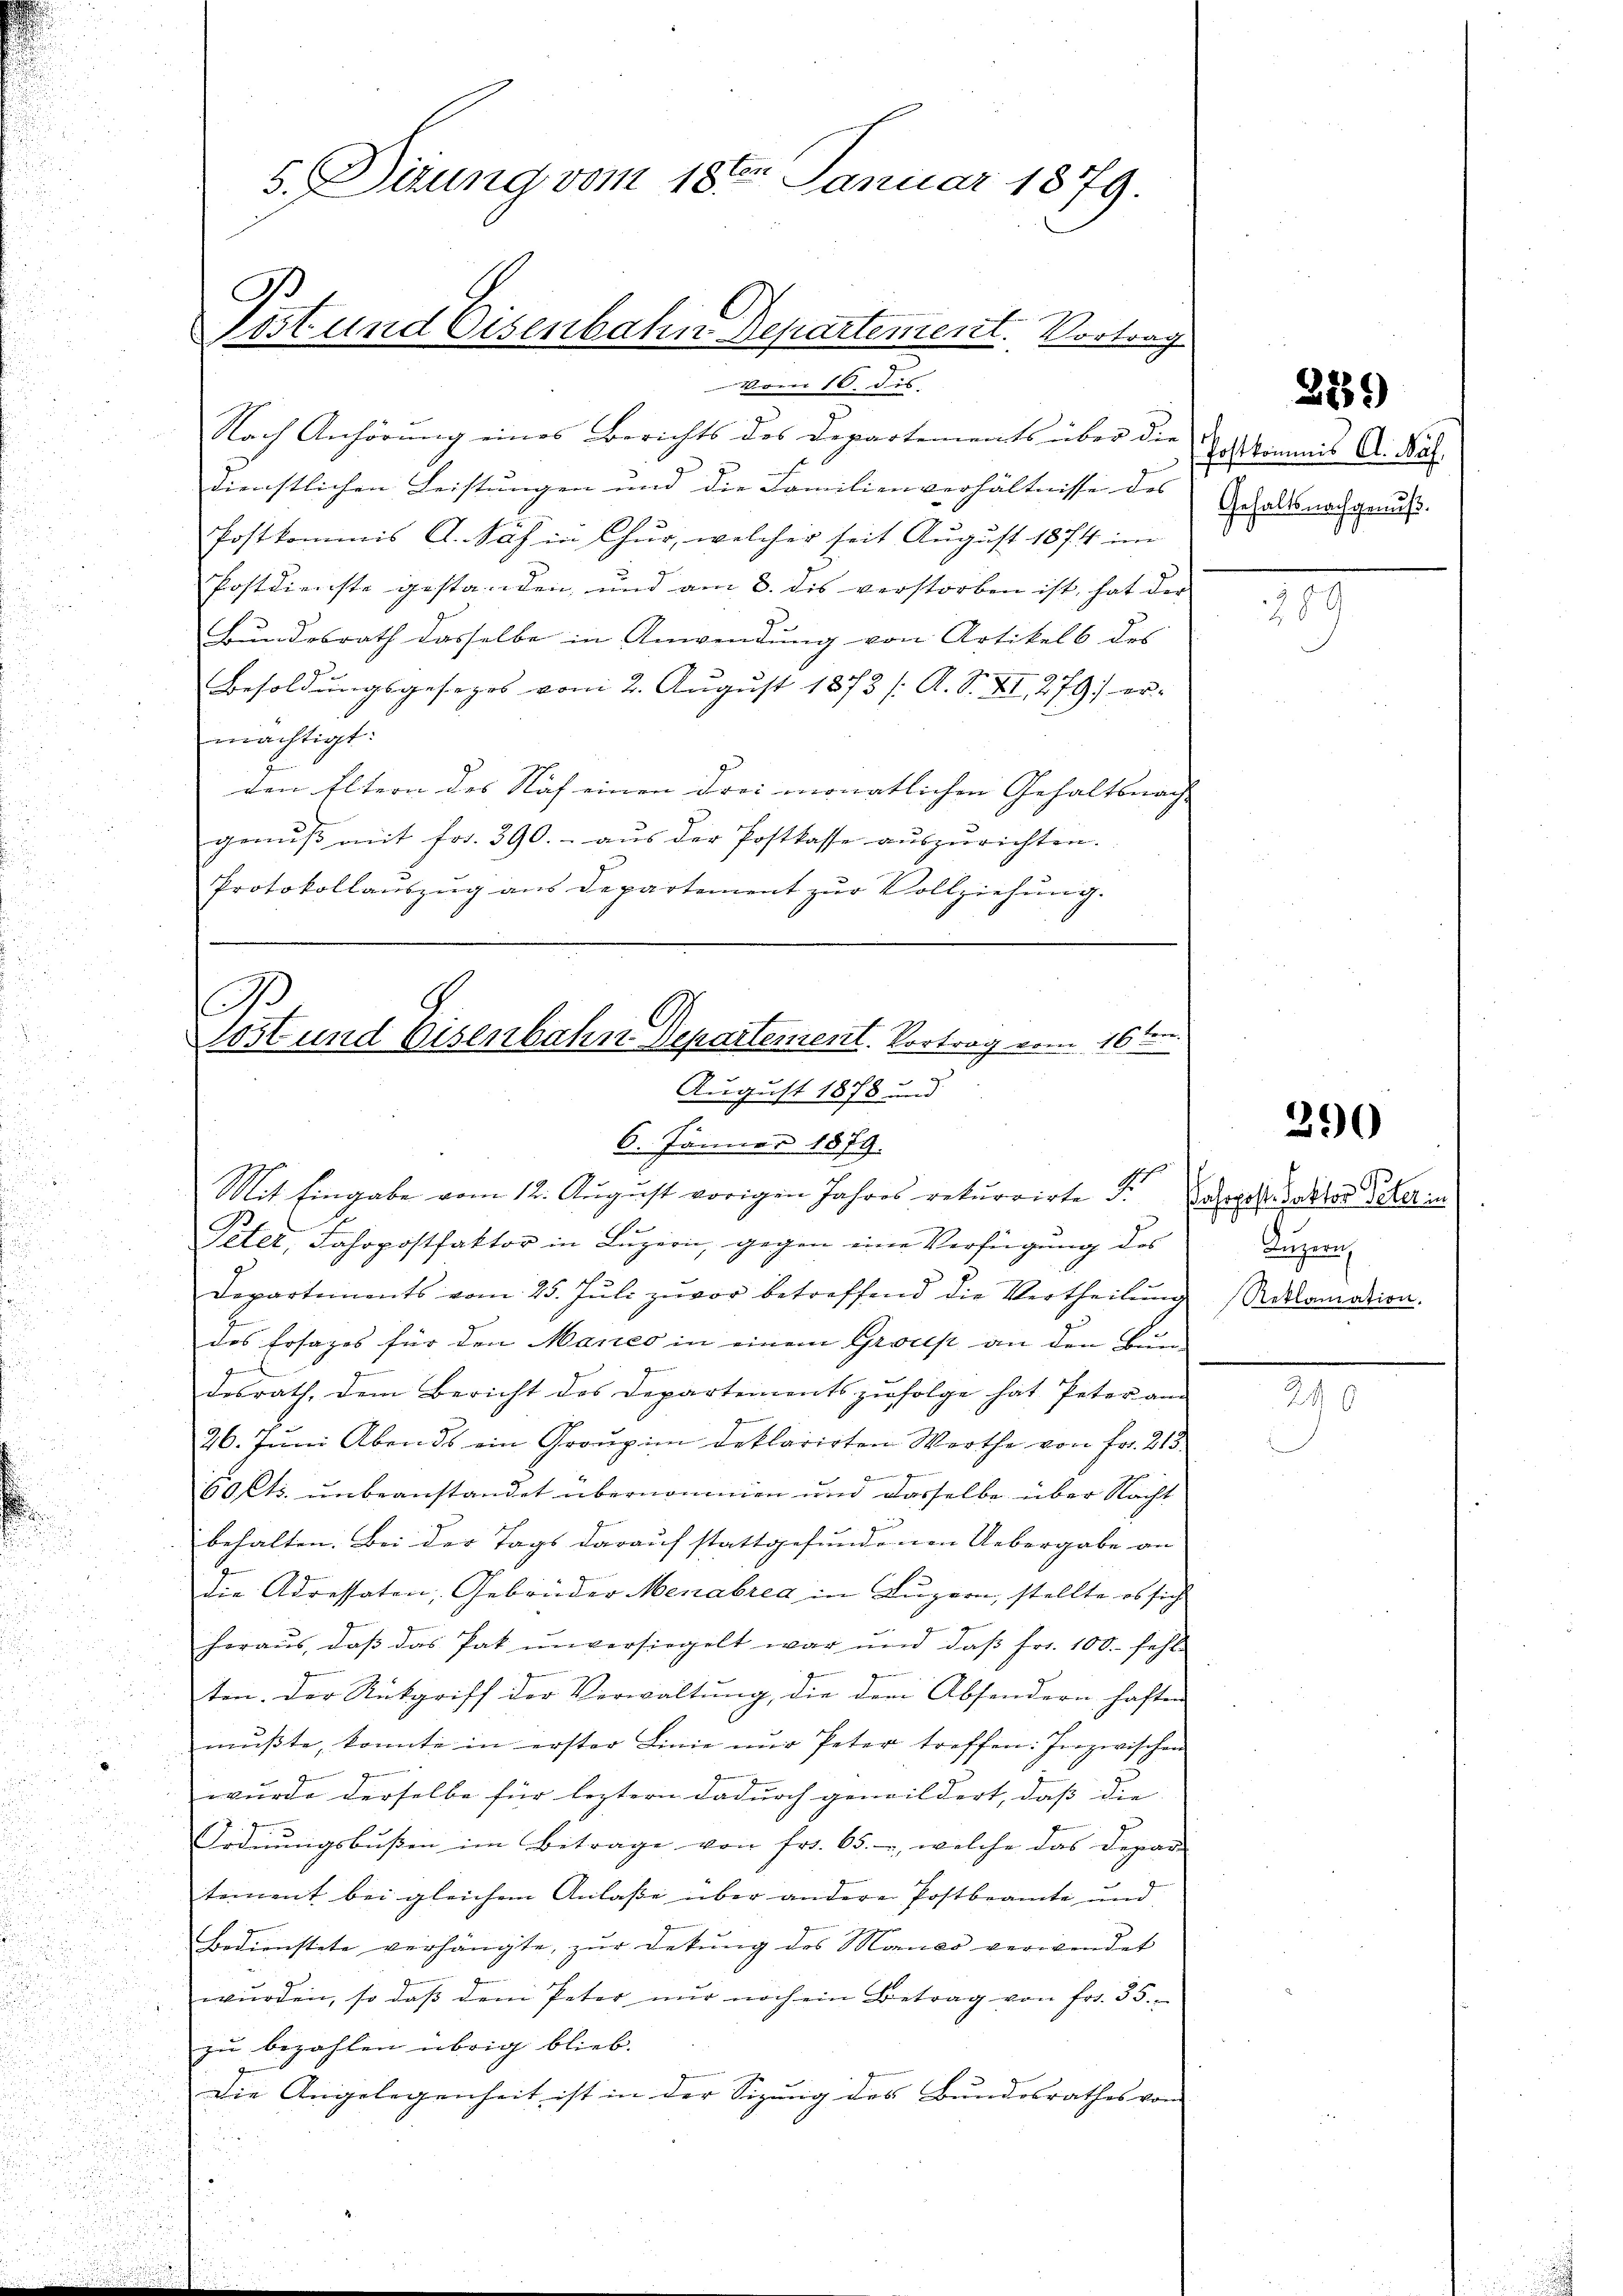
5. Dirung vom 18ten Januar 1879.
B
Post und Eisenbahn Departement. Vortrag

vom 10. dis
Nach Anhörŭng eines Berichts des Departements über die Exkommis A. Bal
dienstlichen Leistungen und die Familienverhältnisse des
Postkommis A. Näf in Chur, welcher seit August 1874 im
Postdienste gestanden und am 3. dis verstorben ist, hat der
Bundesrath dasselbe in Anwendung von Artikels des
Besoldungsgesezes vom 2. August 1873 /: A. S. XI. 279) er-
rächtigt:
J
den Eltern des Nach einen drei monatlichen Gehaltsmacht |
genuss mit frs. 390. aus der Postkasse auszurichten.
Protokollauszug aus Departement zŭr Vollziehung.

B
löst und Eisenbahn Departement. Vortrag vom 16ten
August 1878 u.
u
6. Jänner 1879.
Mit Eingabe vom 12. August vorigen Jahres rekurrirte F.

Gehaltsnachgenuß.
90

Peter, Jahrpostfaktor in Lŭzern, gegen eine Verfügung des
Departements vom 25. Jŭli zuvor betreffend die Vertheilŭng Reklamation.
des Ersages für den Manco in einem Gross an den Ein
ge
desrath, dem Bericht des Departementszŭfolge hat Peter am
g
26. Juni Abends ein Graup in deklarirten Werthe von Fr. 213.
60 Cts. unbeanstandet übernommen und dasselbe über Nacht
behalten. Bei der Tags darauf stattgefundenen Uebergabe an
die Adressaten, Gebrüder Menabrea in Luzern, stellte es sich
heraus, daβ das Pat unversiegelt war und daβ fr. 100. fehl
ten. Der Rückgriff der Verwaltung, die drei Absondern haften
mŭβte, konnte in erster Linie nŭr Peter treffen: Frazwischen
wurde derselbe für leztern dadurch gemildert, dass die |
Ordnungsbußen im Betrage von fr. 65. -, welche das Depar-
tement bei gleichem Anlaße über andere Postbeamte und
Bedienstete verhängte, zŭr Dekŭng des Morco verwendet
wŭrden, so daβ dem Peter nŭr noch ein Betrag von fr. 35.
zu bezahlen übrig blieb.
Die Angelegenheit ist in der Sizung des Bundesrathes von

28

229)

290

Pasoposte Rektor Peter in
Luzern